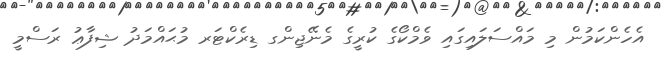
އެހެންކަމުން މި މައްސަލައިގައި ވެމްކޯގެ ކުރީގެ މެނޭޖިންގ ޑިރެކްޓަރ މުޙައްމަދު ޝިފާޢު ރަސްމީ